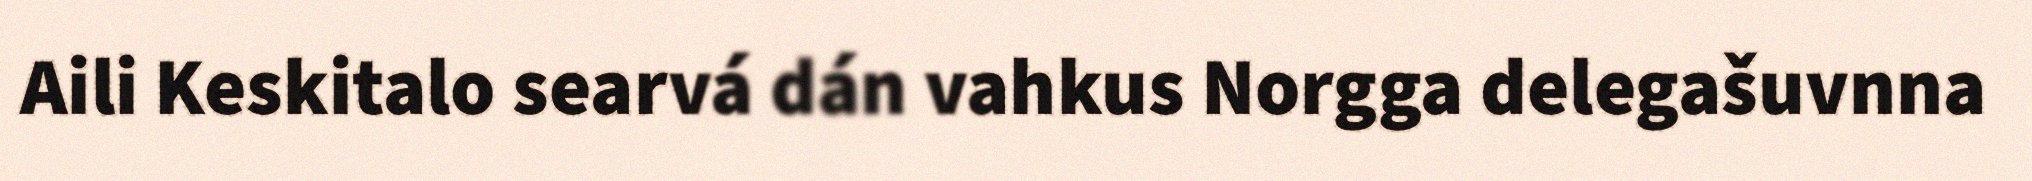
Aili Keskitalo searvá dán vahkus Norgga delegašuvnna